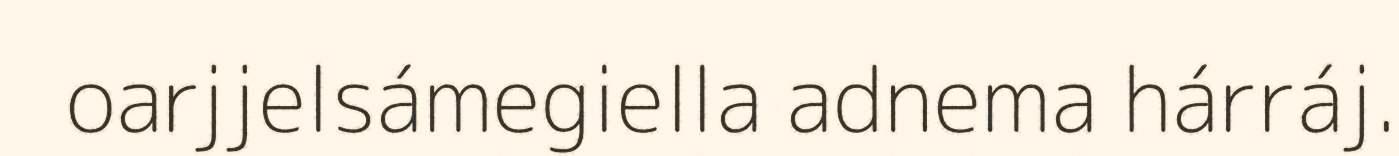
oarjjelsámegiella adnema hárráj.